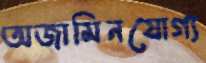
অজামিনযোগ্য